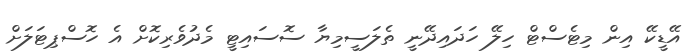
އޭޑީކޭ އިން މިޓެސްޓް ހިލޭ ހަދައިދޭނީ ތެލަސީމިޔާ ސޮސައިޓީ މެދުވެރިކޮށް އެ ހޮސްޕިޓަލަށް